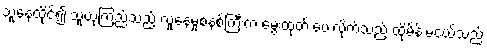
သူနေထိုင်၍ သူယုံကြည်သည့် လူနေမှုစနစ်ကြီးက မွေးထုတ် ပေးလိုက်သည့် ထိုမိန်းမငယ်သည်